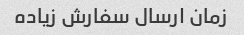
زمان ارسال سفارش زیاده